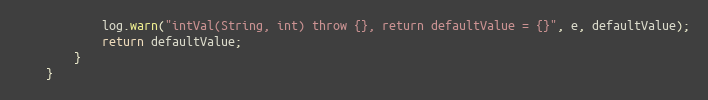
Language: Java
            log.warn("intVal(String, int) throw {}, return defaultValue = {}", e, defaultValue);
            return defaultValue;
        }
    }